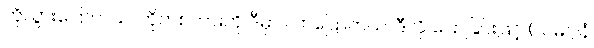
ဟိုသွားပြောတယ်၊ ဟိုကစကားကို ဒီမှာ လာပြောတယ်၊ ဒီလို ပြောခြင်းဖြင့် (သမဂ္ဂါနံ